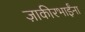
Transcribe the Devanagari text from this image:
ज़ाकीरभाईंना